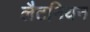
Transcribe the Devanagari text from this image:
लैटनियन